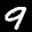
Label: 9